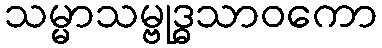
သမ္မာသမ္ဗုဒ္ဓသာဝကော